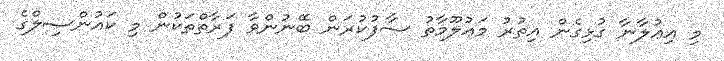
މި އިޢުލާނާ ގުޅިގެން އިތުރު މަޢުލޫމާތު ސާފުކުރަން ބޭނުންވާ ފަރާތްތަކުން މި ކައުންސިލްގެ